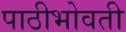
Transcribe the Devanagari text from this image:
पाठीभोवती